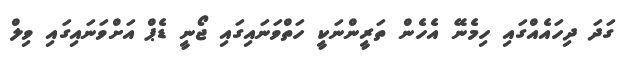
ގަދަ ދިހައެއްގައި ހިމެނޭ އެހެން ތަރީންނަކީ ހަތްވަނައިގައި ޖޯނީ ޑެޕް އަށްވަނައިގައި ވިލް